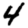
Digit: 4